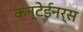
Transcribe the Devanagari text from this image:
कन्टेईनर्स